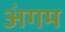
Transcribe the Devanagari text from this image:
अंगम